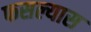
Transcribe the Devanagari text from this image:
फसल्यास